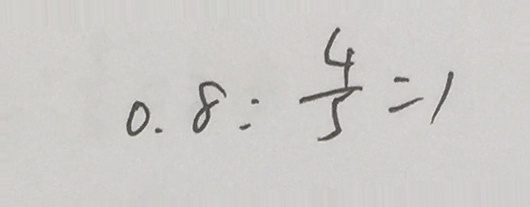
0 . 8 : \frac { 4 } { 5 } = 1